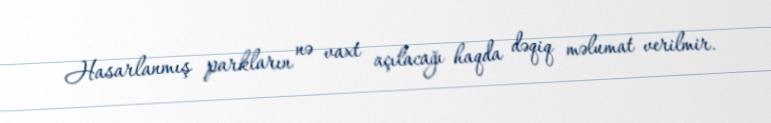
Hasarlanmış parkların nə vaxt açılacağı haqda dəqiq məlumat verilmir.